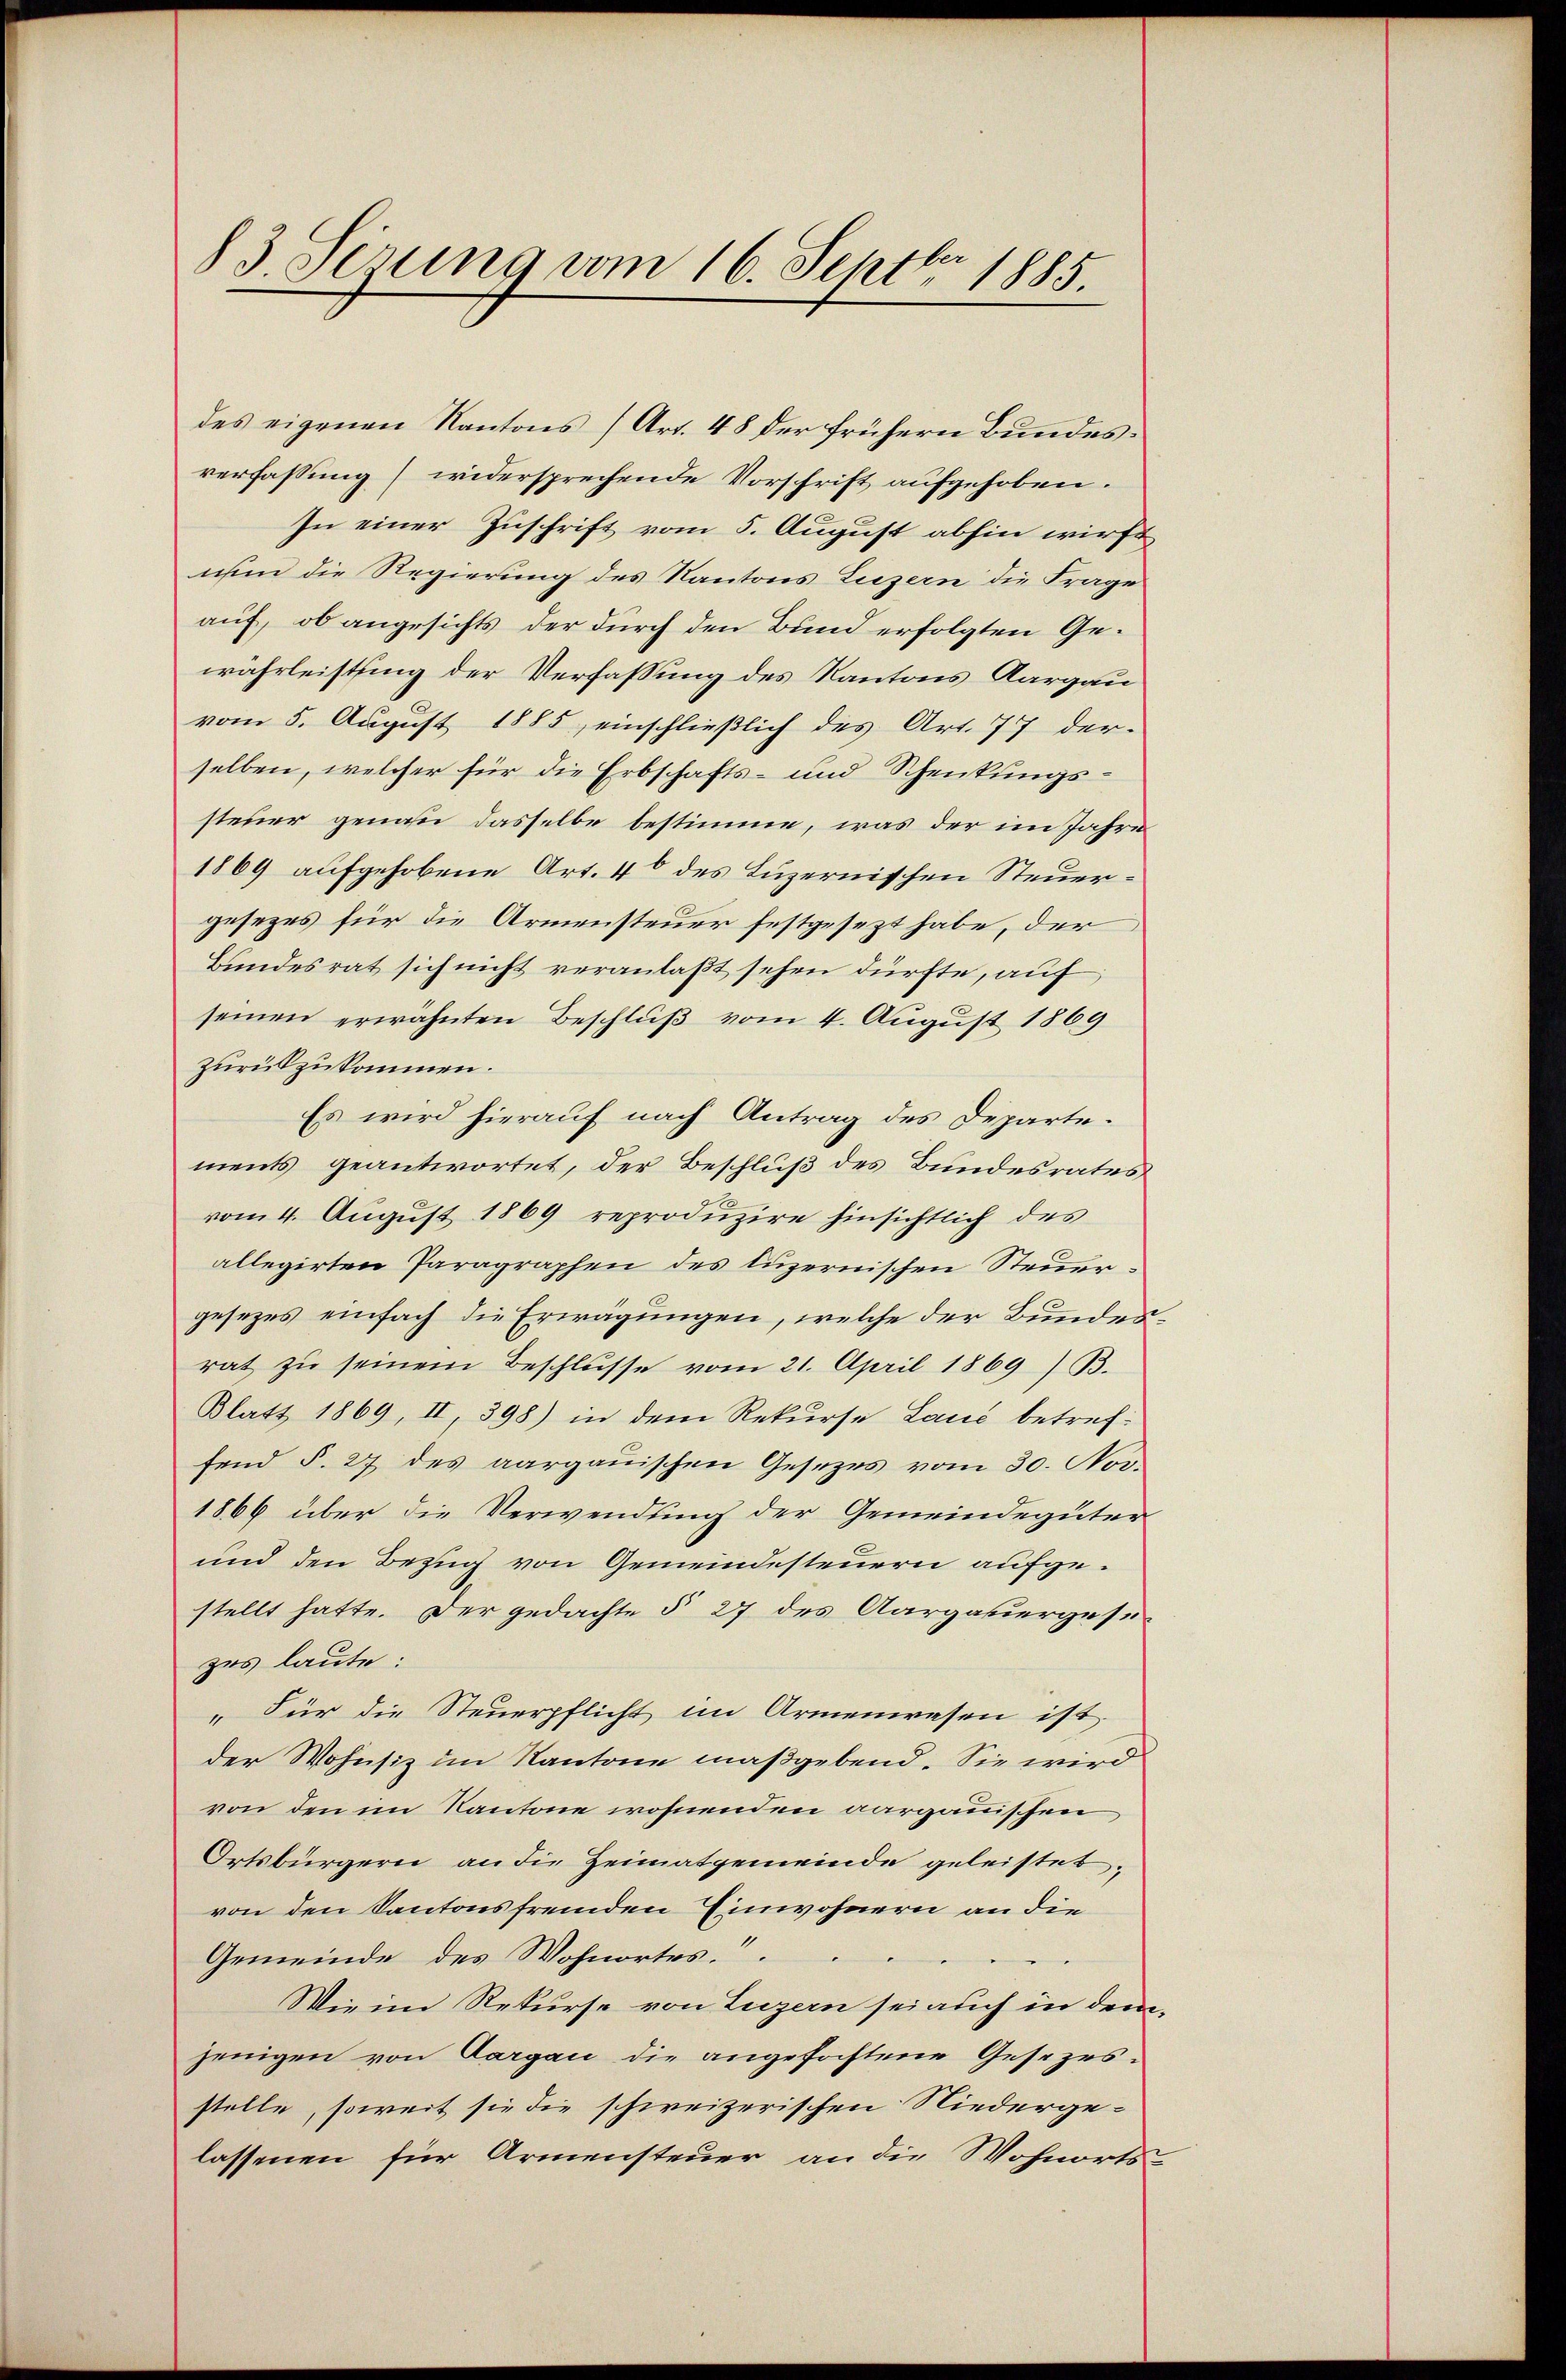
83. Setzung vom 16. Septbr. 1885.

des eigenen Kantons (Art. 48 der frühern Bundesverfassung widersprechende Vorschrift aufgehoben.
In einer Zuschrift vom 5. August abhin wirft
uum die Regierung des Kantons Luzern die Frage
auf, ob angesichts der durch den Bund erfolgten Gewährleistung der Verfassung des Kantons Aargau
vom 5. August 1885, einschließlich des Art. 77 der-
selben, welcher für die Erbschafts- und Schenkungssteuer genau dasselbe bestimme, was der im Jahre
1869 aufgehobene Art. 46 des Luzernischen Steuergesezes für die Armensteuer festgesezt habe, der
Bundesrat sich nicht veranlaßt sehen dürfte, auf
seinen erwähnten Beschluß vom 4. August 1869
zurückzukommen.
Es wird hierauf nach Antrag des Departements geantwortet, der Beschluß des Bundesrates
vom 4. August 1869 reproduzire hinsichtlich des
allegirten Paragraphen des luzernischen Steuergesezes einfach die Erwägungen, welche der Bundesrat zŭ seinem Beschlŭsse vom 21. April 1869/ B.
Blatt 1869, II, 398) in dem Rekurse Lauć betreffend §. 27 des aargauischen Gesezes vom 30. Nov.
1866 über die Verwendung der Gemeindegüter
und den Bezug von Gemeindesteuern aufgestellt hatte. Der gedachte § 27 des Aargauergese
zes laute:
„Für die Steuerpflicht im Armenwesen ist.
der Wohnsiz im Kantone maßgebend. Sie wird
von den im Kantone wohnenden aarganischen
Ortsbürgern an die Heimatgemeinde geleistet,
von den Kantonsfremden Einwohnern an die
Gemeinde des Wohnortes.
Wie im Rekurse von Luzern sei auch in dem
jenigen von Aargau die angefastene Gesezesstelle, soweit sie die schweizerischen Niederge-
lassenen für Armensteuer an die Wohnorts-